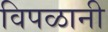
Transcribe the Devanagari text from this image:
विपळानी